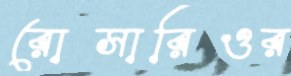
রোসারিওর